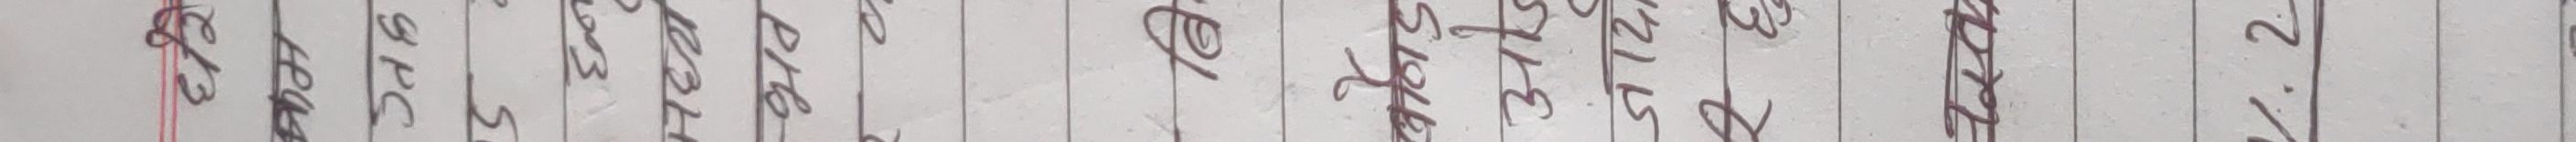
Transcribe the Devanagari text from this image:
१.२
२१/५ ३१/५
@ स्टोरीज
हेल्थ GPC